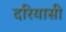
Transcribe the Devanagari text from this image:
दरियासी